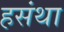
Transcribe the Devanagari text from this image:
हसंथा